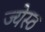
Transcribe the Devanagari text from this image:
ज्येस्ठ